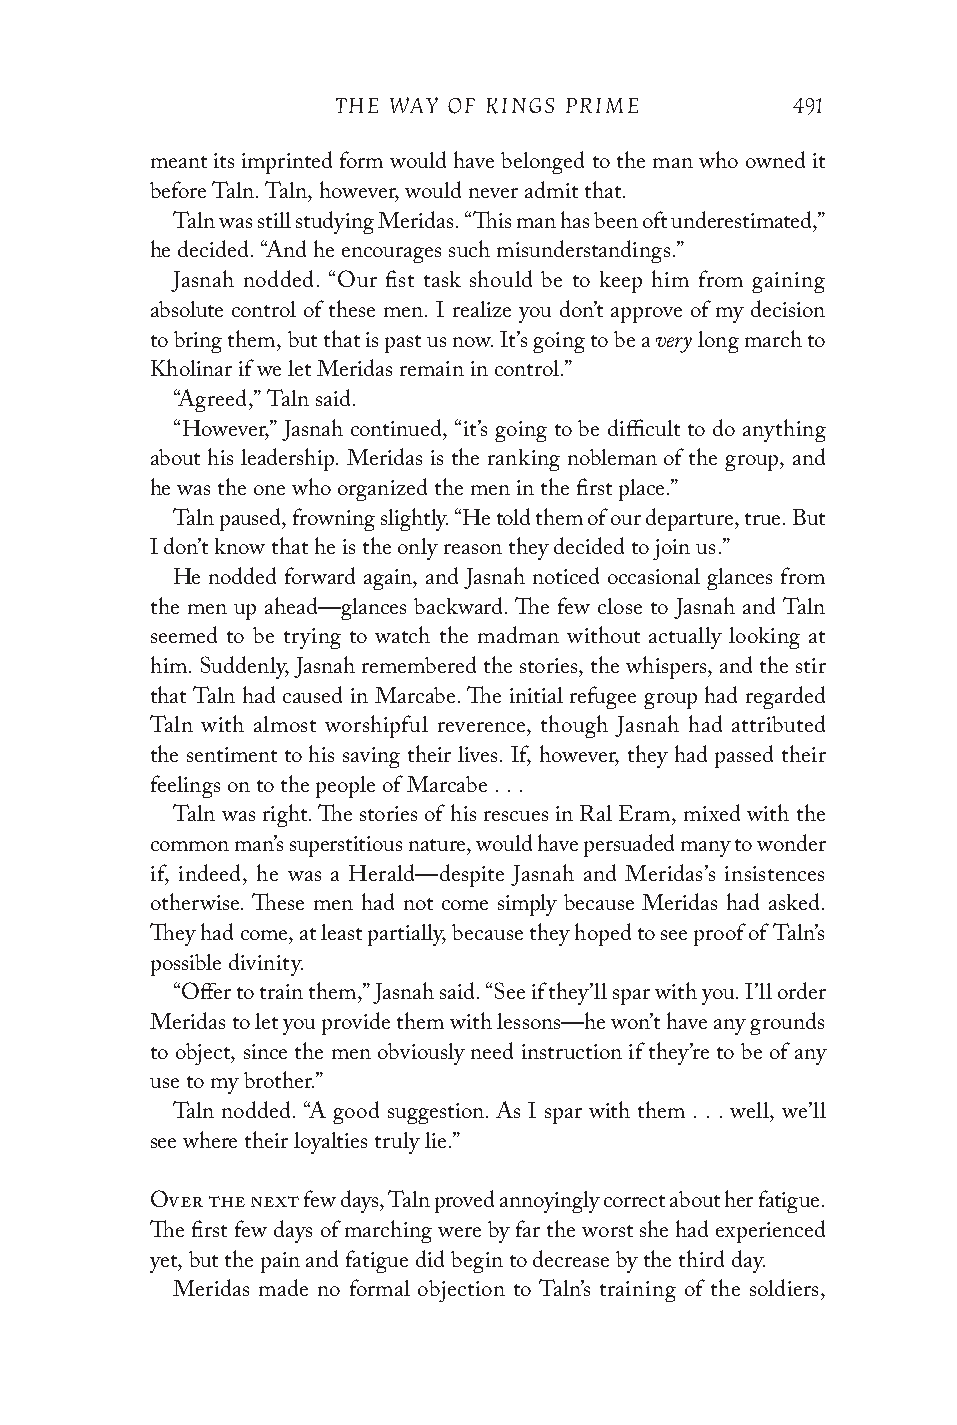
THE WAY OF KINGS PRIME        491
 meant its imprinted form would have belonged to the man who owned it
 before Taln. Taln, however, would never admit that.
 Taln was still studying Meridas. “This man has been oft underestimated,”
 he decided. “And he encourages such misunderstandings.”
 Jasnah nodded. “Our fist task should be to keep him from gaining
 absolute control of these men. I realize you don’t approve of my decision
 very
 to bring them, but that is past us now. It’s going to be a long march to
 Kholinar if we let Meridas remain in control.”
 “Agreed,” Taln said.
 “However,” Jasnah continued, “it’s going to be difficult to do anything
 about his leadership. Meridas is the ranking nobleman of the group, and
 he was the one who organized the men in the first place.”
 Taln paused, frowning slightly. “He told them of our departure, true. But
 I don’t know that he is the only reason they decided to join us.”
 He nodded forward again, and Jasnah noticed occasional glances from
 the men up ahead—glances backward. The few close to Jasnah and Taln
 seemed to be trying to watch the madman without actually looking at
 him. Suddenly, Jasnah remembered the stories, the whispers, and the stir
 that Taln had caused in Marcabe. The initial refugee group had regarded
 Taln with almost worshipful reverence, though Jasnah had attributed
 the sentiment to his saving their lives. If, however, they had passed their
 feelings on to the people of Marcabe . . .
 Taln was right. The stories of his rescues in Ral Eram, mixed with the
 common man’s superstitious nature, would have persuaded many to wonder
 if, indeed, he was a Herald—despite Jasnah and Meridas’s insistences
 otherwise. These men had not come simply because Meridas had asked.
 They had come, at least partially, because they hoped to see proof of Taln’s
 possible divinity.
 “Offer to train them,” Jasnah said. “See if they’ll spar with you. I’ll order
 Meridas to let you provide them with lessons—he won’t have any grounds
 to object, since the men obviously need instruction if they’re to be of any
 use to my brother.”
 Taln nodded. “A good suggestion. As I spar with them . . . well, we’ll
 see where their loyalties truly lie.”
 Over the next few days, Taln proved annoyingly correct about her fatigue.
 The first few days of marching were by far the worst she had experienced
 yet, but the pain and fatigue did begin to decrease by the third day.
 Meridas made no formal objection to Taln’s training of the soldiers,